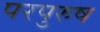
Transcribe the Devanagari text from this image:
परपुरुष